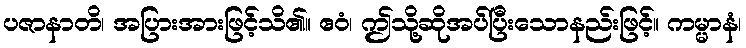
ပဇာနာတိ၊ အပြားအားဖြင့်သိ၏။ ဧဝံ၊ ဤသို့ဆိုအပ်ပြီးသောနည်းဖြင့်။ ကမ္မာနံ၊